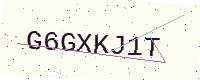
Text: G6GXKJ1T